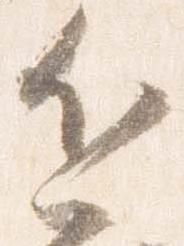
近